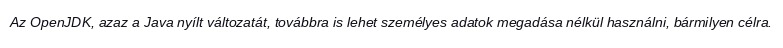
Az OpenJDK, azaz a Java nyílt változatát, továbbra is lehet személyes adatok megadása nélkül használni, bármilyen célra.